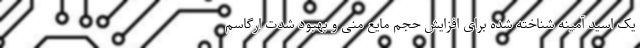
یک اسید آمینه شناخته شده برای افزایش حجم مایع منی و بهبود شدت ارگاسم